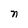
Character: n